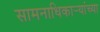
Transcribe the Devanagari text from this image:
सामनाधिकार्‍यांच्या